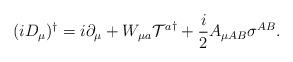
LaTeX: \begin{align*}(iD_\mu)^\dagger = i\partial_\mu + W_{{\mu}a}{{\cal T}^a}^\dagger+{i\over2}A_{\mu{AB}}{\sigma}^{AB}.\end{align*}